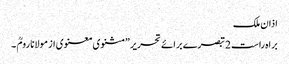
اذان ملک
براہ راست 2 تبصرے برائے تحریر ”مثنوی معنوی از مولانا رومؒ ۔